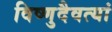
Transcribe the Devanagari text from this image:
विष्णुदैवत्यां